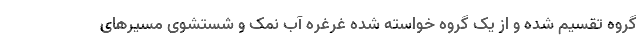
گروه تقسیم شده و از یک گروه خواسته شده غرغره آب نمک و شستشوی مسیرهای